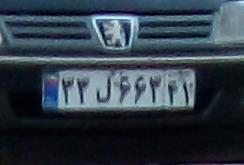
۳۳ل۶۶۳۴۱